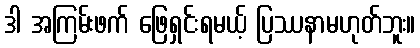
ဒါ အကြမ်းဖက် ဖြေရှင်းရမယ့် ပြဿနာမဟုတ်ဘူး။